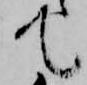
て